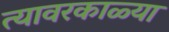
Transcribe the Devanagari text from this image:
त्यावरकाळ्या